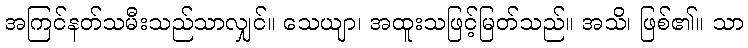
အကြင်နတ်သမီးသည်သာလျှင်။ သေယျာ၊ အထူးသဖြင့်မြတ်သည်။ အသိ၊ ဖြစ်၏။ သာ